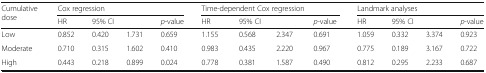
<table><thead><tr><td rowspan="2"><b>Cumulative dose</b></td><td colspan="4"><b>Cox regression</b></td><td colspan="4"><b>Time-dependent Cox regression</b></td><td colspan="4"><b>Landmark analyses</b></td></tr><tr><td><b>HR</b></td><td colspan="2"><b>95% CI</b></td><td><b><i>p</i>-value</b></td><td><b>HR</b></td><td colspan="2"><b>95% CI</b></td><td><b><i>p</i>-value</b></td><td><b>HR</b></td><td colspan="2"><b>95% CI</b></td><td><b><i>p</i>-value</b></td></tr></thead><tbody><tr><td>Low</td><td>0.852</td><td>0.420</td><td>1.731</td><td>0.659</td><td>1.155</td><td>0.568</td><td>2.347</td><td>0.691</td><td>1.059</td><td>0.332</td><td>3.374</td><td>0.923</td></tr><tr><td>Moderate</td><td>0.710</td><td>0.315</td><td>1.602</td><td>0.410</td><td>0.983</td><td>0.435</td><td>2.220</td><td>0.967</td><td>0.775</td><td>0.189</td><td>3.167</td><td>0.722</td></tr><tr><td>High</td><td>0.443</td><td>0.218</td><td>0.899</td><td>0.024</td><td>0.778</td><td>0.381</td><td>1.587</td><td>0.490</td><td>0.812</td><td>0.295</td><td>2.233</td><td>0.687</td></tr></tbody></table>